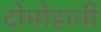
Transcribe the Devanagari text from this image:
दोमोहानी